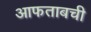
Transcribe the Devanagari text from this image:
आफताबची